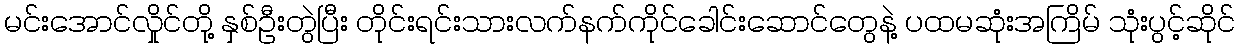
မင်းအောင်လှိုင်တို့ နှစ်ဦးတွဲပြီး တိုင်းရင်းသားလက်နက်ကိုင်ခေါင်းဆောင်တွေနဲ့ ပထမဆုံးအကြိမ် သုံးပွင့်ဆိုင်